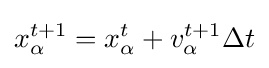
x_{\alpha }^{t+1}=x_{\alpha }^{t}+v_{\alpha }^{t+1}\Delta t